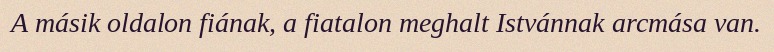
A másik oldalon fiának, a fiatalon meghalt Istvánnak arcmása van.